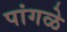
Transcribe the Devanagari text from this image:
पांगळे